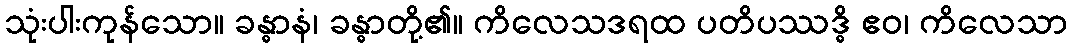
သုံးပါးကုန်သော။ ခန္ဓာနံ၊ ခန္ဓာတို့၏။ ကိလေသဒရထ ပတိပဿဒ္ဓိ ဧဝ၊ ကိလေသာ